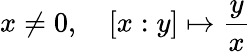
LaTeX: x\neq 0,\quad[x:y]\mapsto{\frac{y}{x}}